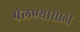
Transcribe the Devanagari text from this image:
पेलण्‍यासाठी